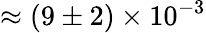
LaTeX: \approx(9\pm 2)\times 10^{-3}